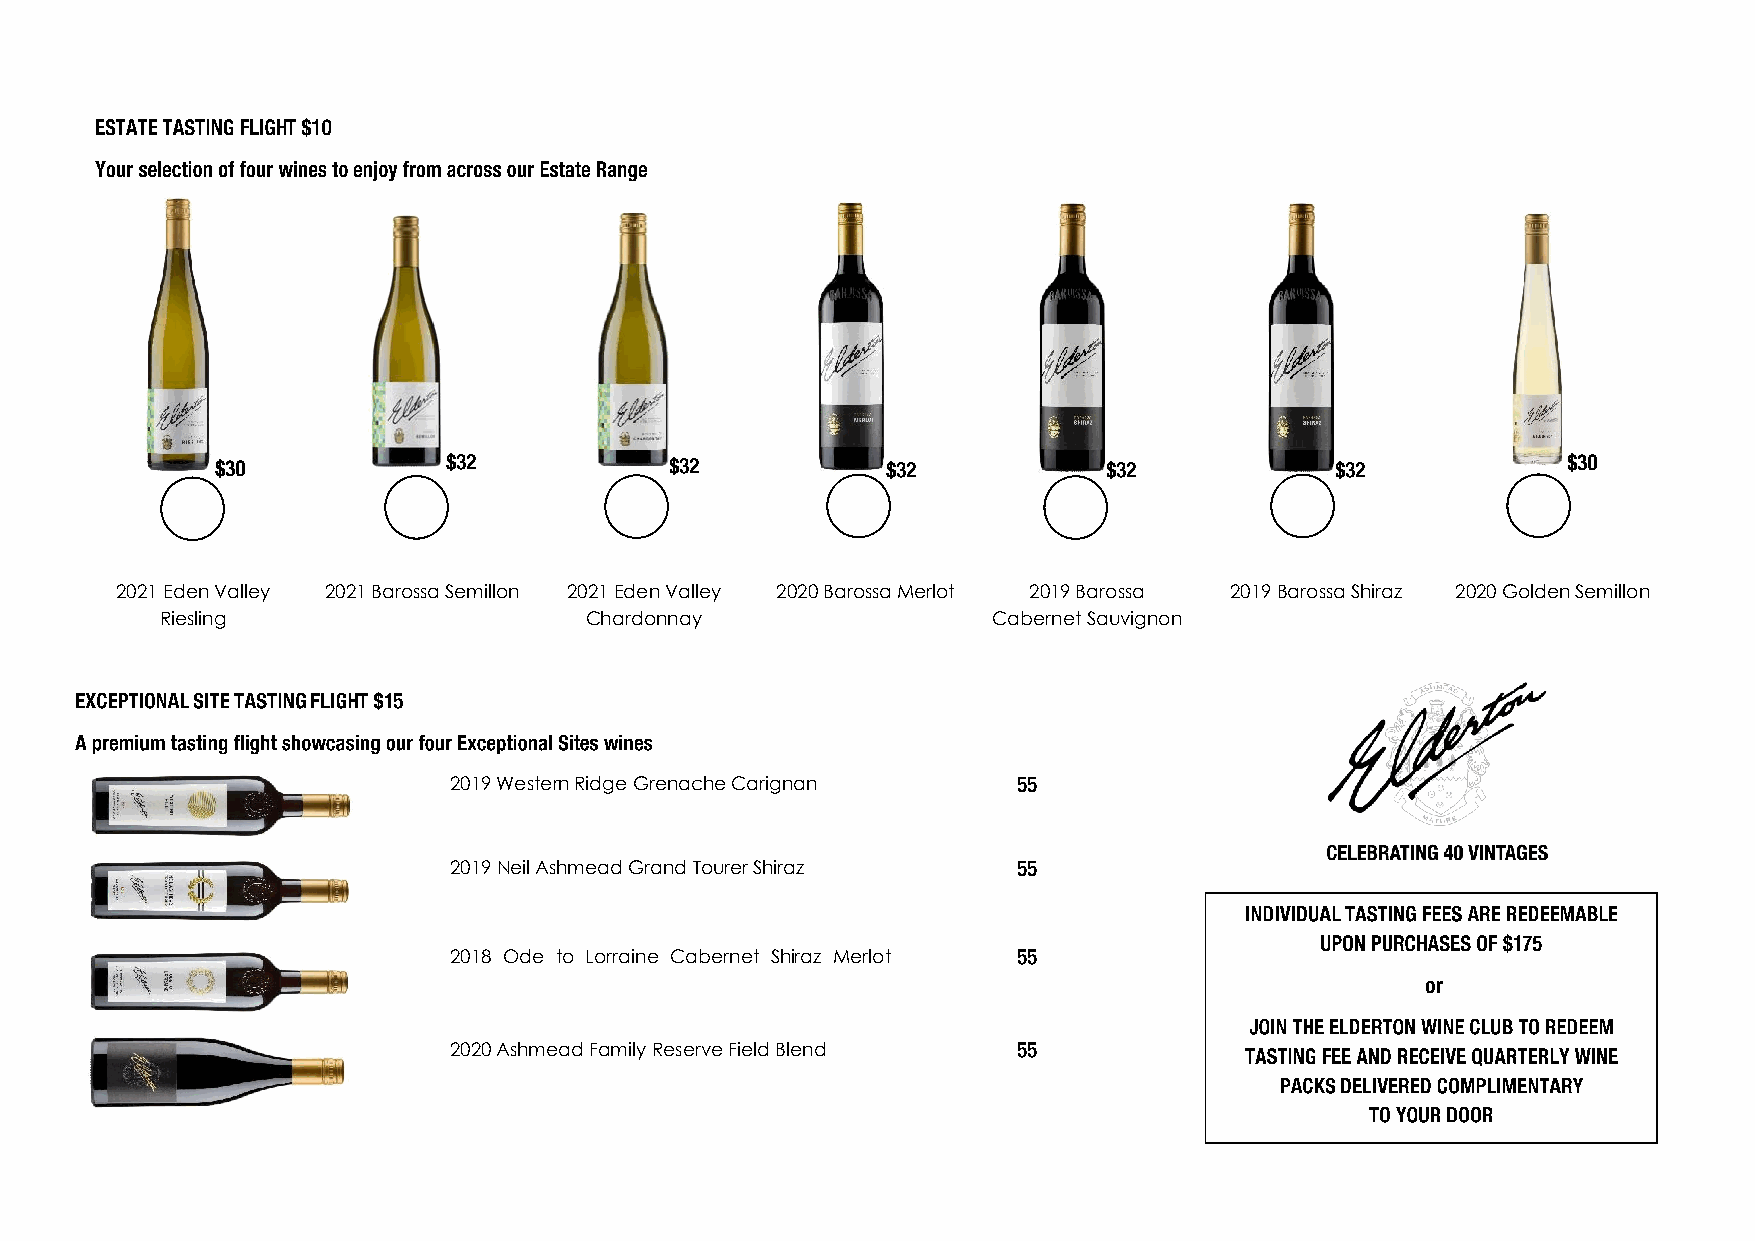
2021 Eden Valley 2021 Barossa Semillon 2021 Eden Valley 2020 Barossa Merlot 2019 Barossa 2019 Barossa Shiraz 2020 Golden Semillon
 Riesling                    Chardonnay                 Cabernet Sauvignon
 2019 Western Ridge Grenache Carignan
 2019 Neil Ashmead Grand Tourer Shiraz
 2018 Ode to Lorraine Cabernet Shiraz Merlot
 2020 Ashmead Family Reserve Field Blend